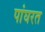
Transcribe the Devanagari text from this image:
पांघरत